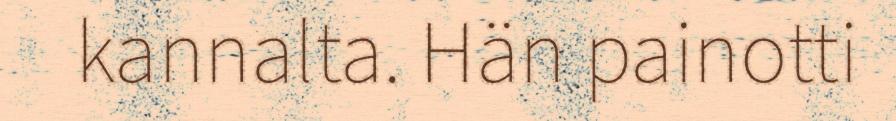
kannalta. Hän painotti